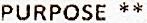
PURPOSE **